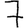
Digit: 7